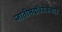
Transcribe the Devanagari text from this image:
जातीभेदविवेकसार